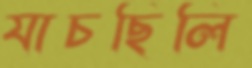
যাচছিলি